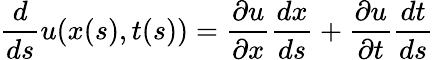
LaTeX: {\frac{d}{ds}}u(x(s),t(s))={\frac{\partial u}{\partial x}}{\frac{dx}{ds}}+{\frac{\partial u}{\partial t}}{\frac{dt}{ds}}